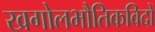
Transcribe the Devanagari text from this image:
खगोलभौतिकविदों